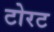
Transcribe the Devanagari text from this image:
टोरट